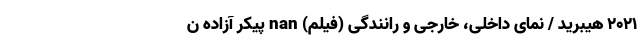
2021 هیبرید / نمای داخلی، خارجی و رانندگی (فیلم) nan پیکر آزاده ن